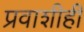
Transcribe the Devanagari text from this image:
प्रवाशीही